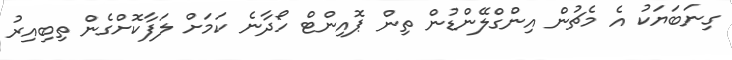
ގިނަބަޔަކު އެ މެޗުން އިންގްލޭންޑުން ތިން ޕޮއިންޓް ހޯދާނެ ކަމަށް ލަފާކޮށްގެން ތިބިއިރު